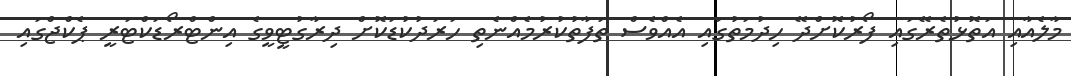
މާލެއާއި އަތޮޅުތެރޭގައި ފޯރުކޮށްދޭ ހިދުމަތުގައި އެއްވެސް ތަފާތުކުރުމެއްނެތި ހަރަދުކުޑަކޮށް ދިރާގުޓީވީގެ އިންޓްރޯޑަކްޓަރީ ޕެކްޖްގައި